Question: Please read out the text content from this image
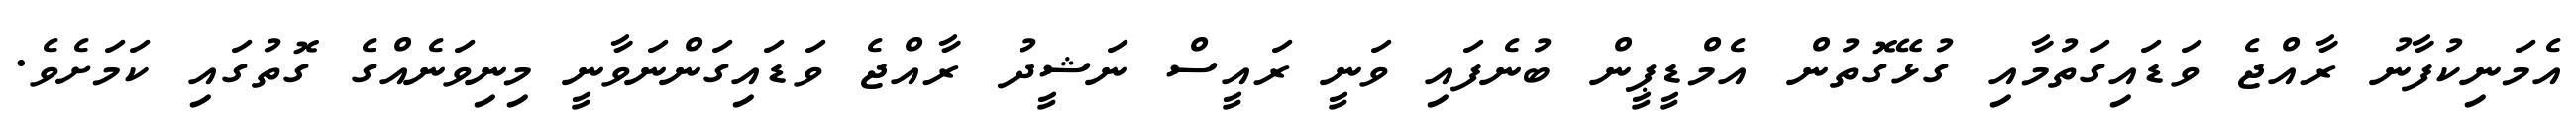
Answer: އެމަނިކުފާނު ރާއްޖެ ވަޑައިގަތުމާއި ގުޅޭގޮތުން އެމްޑީޕީން ބުނެފައި ވަނީ ރައީސް ނަޝީދު ރާއްޖެ ވަޑައިގަންނަވާނީ މިނިވަނެއްގެ ގޮތުގައި ކަމަށެވެ.